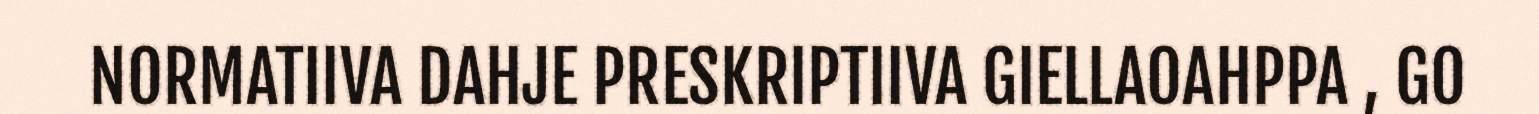
NORMATIIVA DAHJE PRESKRIPTIIVA GIELLAOAHPPA , GO